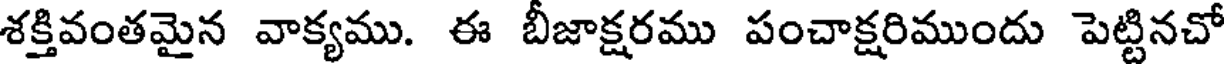
శక్తివంతమైన వాక్యము. ఈ బీజాక్షరము పంచాక్షరిముందు పెట్టినచో